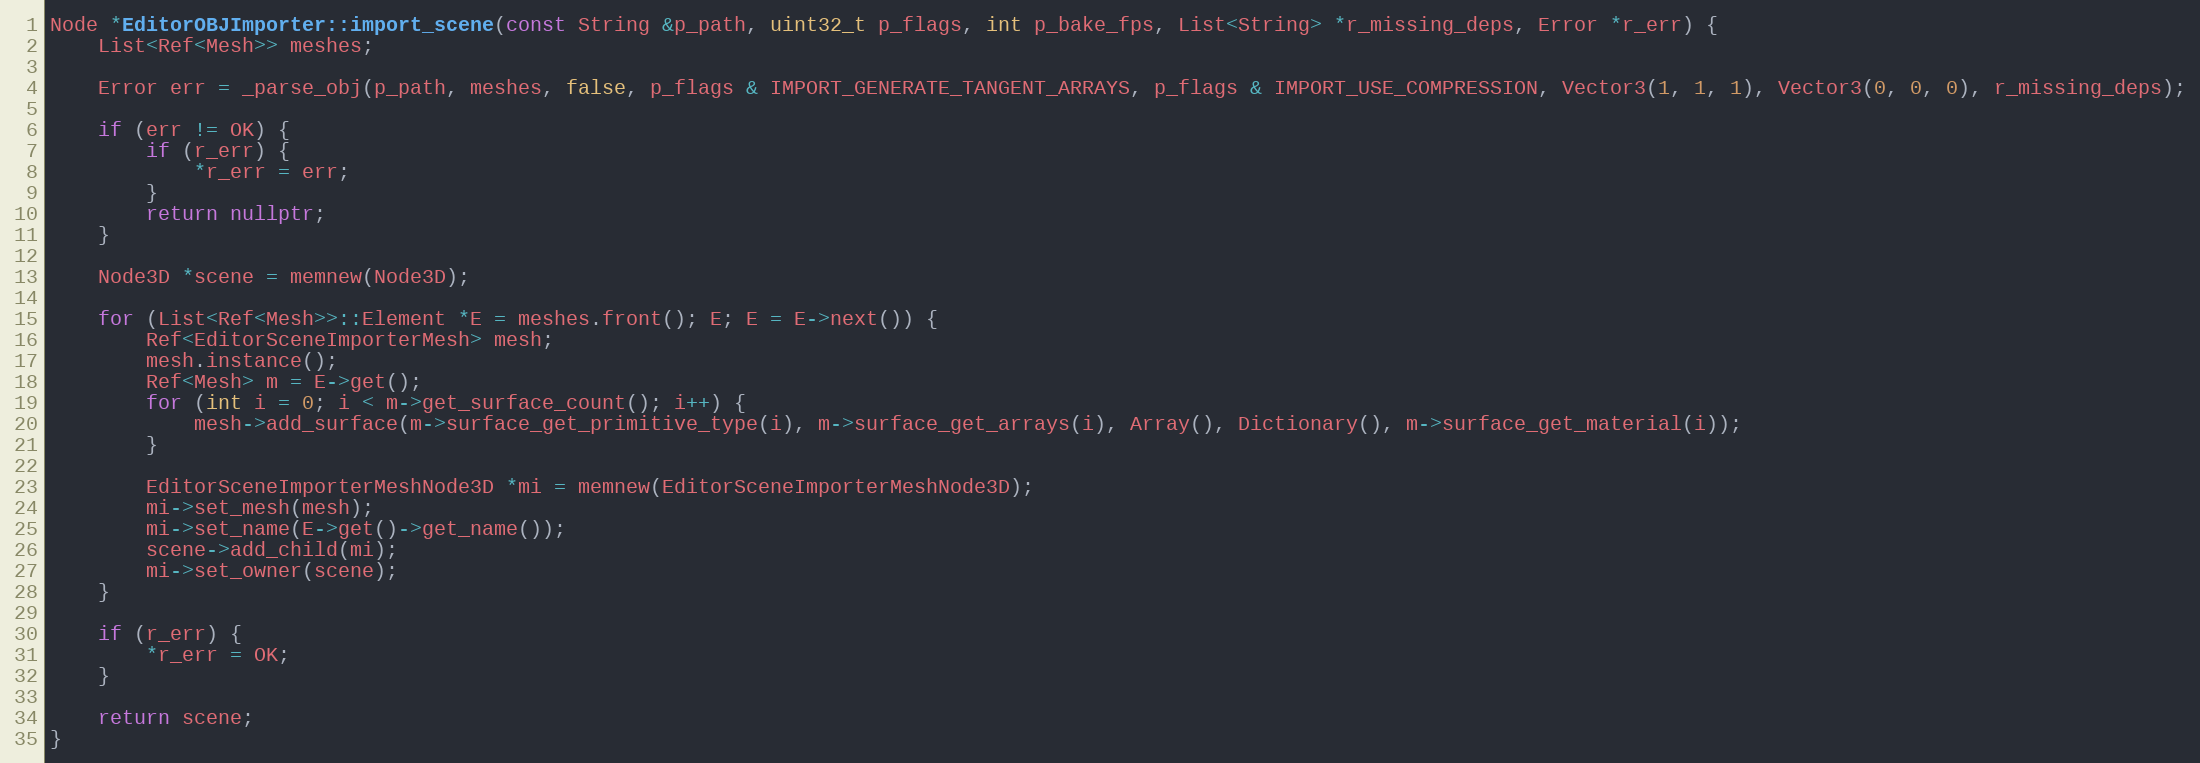
Language: C++
Node *EditorOBJImporter::import_scene(const String &p_path, uint32_t p_flags, int p_bake_fps, List<String> *r_missing_deps, Error *r_err) {
	List<Ref<Mesh>> meshes;

	Error err = _parse_obj(p_path, meshes, false, p_flags & IMPORT_GENERATE_TANGENT_ARRAYS, p_flags & IMPORT_USE_COMPRESSION, Vector3(1, 1, 1), Vector3(0, 0, 0), r_missing_deps);

	if (err != OK) {
		if (r_err) {
			*r_err = err;
		}
		return nullptr;
	}

	Node3D *scene = memnew(Node3D);

	for (List<Ref<Mesh>>::Element *E = meshes.front(); E; E = E->next()) {
		Ref<EditorSceneImporterMesh> mesh;
		mesh.instance();
		Ref<Mesh> m = E->get();
		for (int i = 0; i < m->get_surface_count(); i++) {
			mesh->add_surface(m->surface_get_primitive_type(i), m->surface_get_arrays(i), Array(), Dictionary(), m->surface_get_material(i));
		}

		EditorSceneImporterMeshNode3D *mi = memnew(EditorSceneImporterMeshNode3D);
		mi->set_mesh(mesh);
		mi->set_name(E->get()->get_name());
		scene->add_child(mi);
		mi->set_owner(scene);
	}

	if (r_err) {
		*r_err = OK;
	}

	return scene;
}